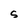
Character: S